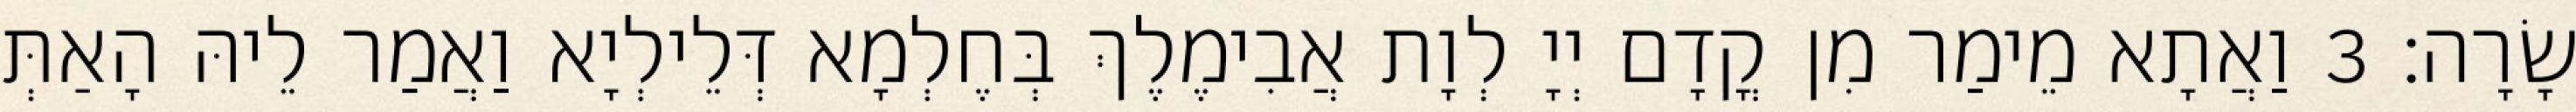
שָׂרָה׃ 3 וַאֲתָא מֵימַר מִן קֳדָם יְיָ לְוָת אֲבִימֶלֶךְ בְּחֶלְמָא דְּלֵילְיָא וַאֲמַר לֵיהּ הָאַתְּ